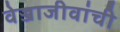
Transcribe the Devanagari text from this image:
वेज्जाजीवांची